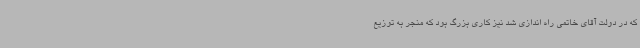
که در دولت آقای خاتمی راه اندازی شد نیز کاری بزرگ بود که منجر به توزیع